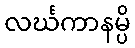
လင်္ဃကာနမ္ပိ